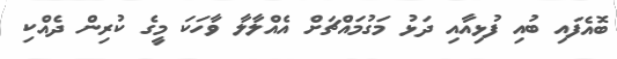
ބޮއެފައި ބުއި ފުޅިއާއި ދަޅު މަގުމައްޗަށް އެއްލާލާ ވާހަކަ މީގެ ކުރިން ދެއްކި